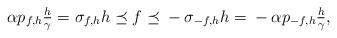
LaTeX: \begin{align*}\alpha p_{f,h}\tfrac h\gamma{}={}\sigma_{f,h}h{}\preceq{}f{}\preceq{}-\sigma_{-f,h}h{}={}-\alpha p_{-f,h}\tfrac h\gamma,\end{align*}